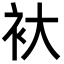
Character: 𮕨